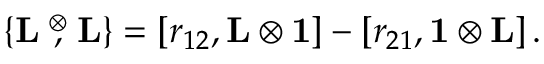
\{ \mathrm { { \bf L } } \stackrel { \otimes } { , } \mathrm { { \bf L } } \} = \left[ r _ { 1 2 } , \mathrm { { \bf L } } \otimes \mathrm { { \bf 1 } } \right] - \left[ r _ { 2 1 } , \mathrm { { \bf 1 } } \otimes \mathrm { { \bf L } } \right] .